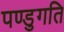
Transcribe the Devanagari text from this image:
पण्डुगति